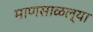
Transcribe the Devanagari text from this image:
माणसाळल्या